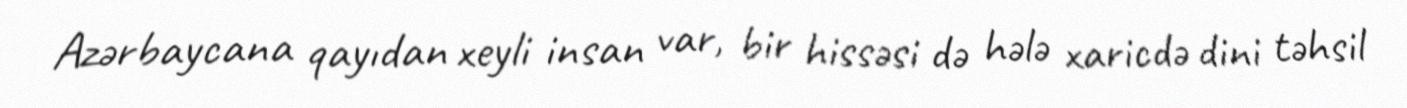
Azərbaycana qayıdan xeyli insan var, bir hissəsi də hələ xaricdə dini təhsil